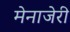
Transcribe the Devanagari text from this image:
मेनाजेरी